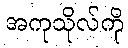
အကုသိုလ်ကို